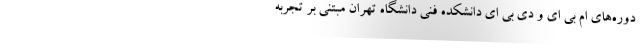
دوره‌های ام بی ای و دی بی ای دانشکده فنی دانشگاه تهران مبتنی بر تجربه